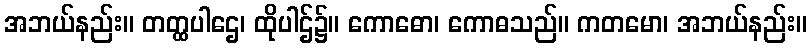
အဘယ်နည်း။ တတ္ထပါဌေ၊ ထိုပါဌ်၌။ ကောဓော၊ ကောဓသည်။ ကတမော၊ အဘယ်နည်း။